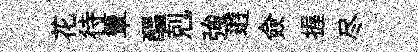
花待簟醖剋強逰僉握尽